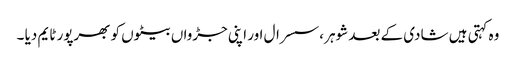
وہ کہتی ہیں شادی کے بعد شوہر ،سسرال اور اپنی جڑواں بیٹوں کو بھرپور ٹایم دیا ۔